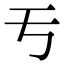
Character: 亐